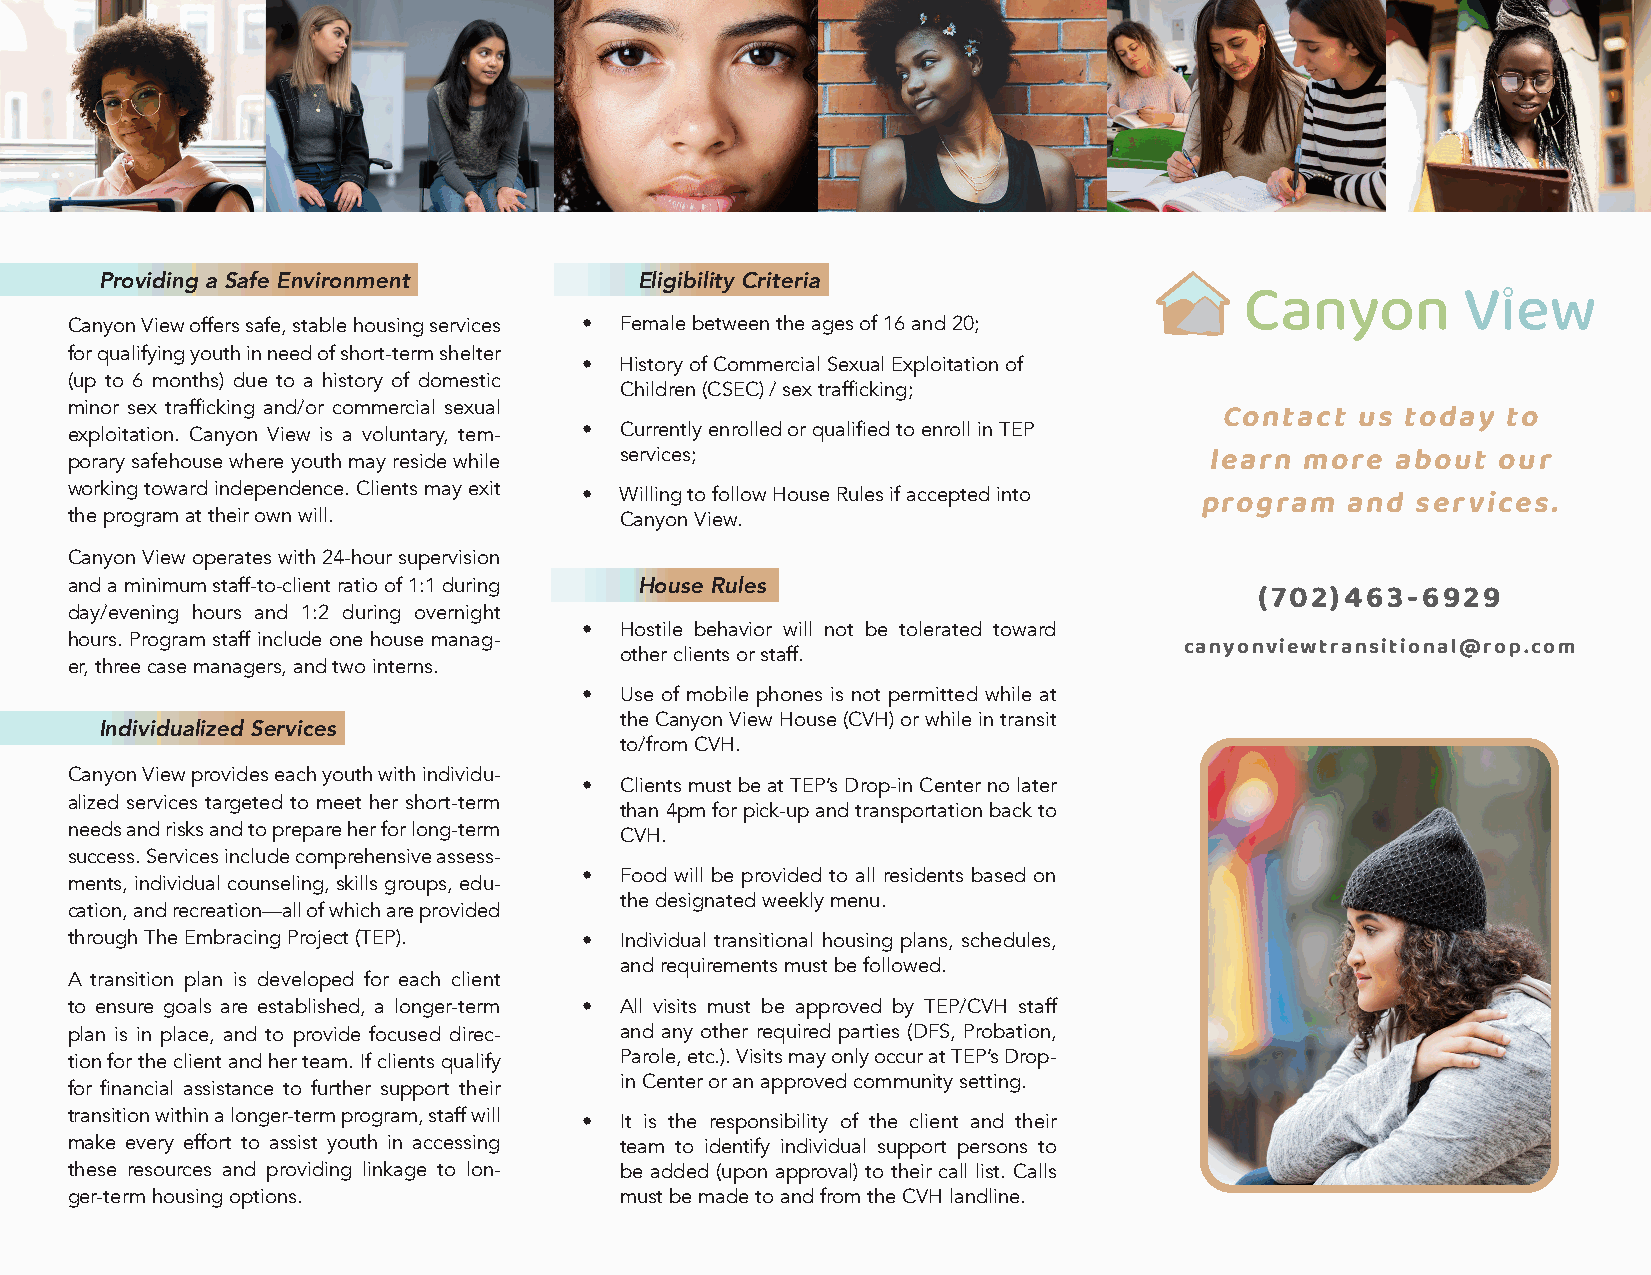
Providing a Safe Environment       Eligibility Criteria
 Canyon View offers safe, stable housing services • Female between the ages of 16 and 20;
 for qualifying youth in need of short-term shelter
 •  History of Commercial Sexual Exploitation of
 (up to 6 months) due to a history of domestic
 Children (CSEC) / sex trafficking;
 minor sex trafficking and/or commercial sexual                               Contact  us today  to
 exploitation. Canyon View is a voluntary, tem- • Currently enrolled or qualified to enroll in TEP
 services;                              learn more  about  our
 porary safehouse where youth may reside while
 working toward independence. Clients may exit
 •  Willing to follow House Rules if accepted into program and services.
 the program at their own will.       Canyon View.
 Canyon View operates with 24-hour supervision
 and a minimum staff-to-client ratio of 1:1 during House Rules                  (702) 463-6929
 day/evening hours and 1:2 during overnight
 •  Hostile behavior will not be tolerated toward
 hours. Program staff include one house manag-                             canyonviewtransitional@rop.com
 other clients or staff.
 er, three case managers, and two interns.
 •  Use of mobile phones is not permitted while at
 the Canyon View House (CVH) or while in transit
 Individualized Services
 to/from CVH.
 Canyon View provides each youth with individu-
 •  Clients must be at TEP’s Drop-in Center no later
 alized services targeted to meet her short-term
 than 4pm for pick-up and transportation back to
 needs and risks and to prepare her for long-term CVH.
 success. Services include comprehensive assess-
 •  Food will be provided to all residents based on
 ments, individual counseling, skills groups, edu-
 the designated weekly menu.
 cation, and recreation—all of which are provided
 through The Embracing Project (TEP). • Individual transitional housing plans, schedules,
 and requirements must be followed.
 A transition plan is developed for each client
 to ensure goals are established, a longer-term • All visits must be approved by TEP/CVH staff
 plan is in place, and to provide focused direc- and any other required parties (DFS, Probation,
 tion for the client and her team. If clients qualify Parole, etc.). Visits may only occur at TEP’s Drop-
 in Center or an approved community setting.
 for financial assistance to further support their
 transition within a longer-term program, staff will • It is the responsibility of the client and their
 make every effort to assist youth in accessing team to identify individual support persons to
 these resources and providing linkage to lon- be added (upon approval) to their call list. Calls
 ger-term housing options.            must be made to and from the CVH landline.